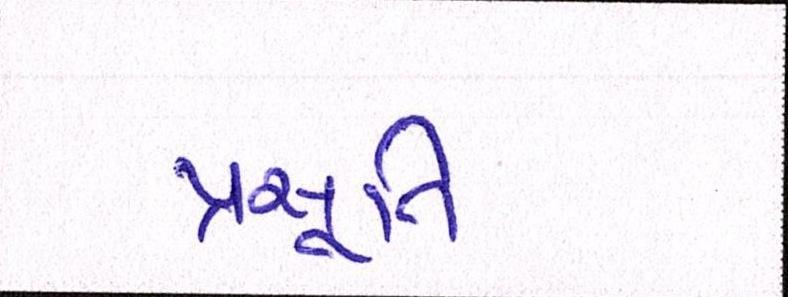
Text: પ્રસૂતિ